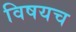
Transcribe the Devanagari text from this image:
विषयच